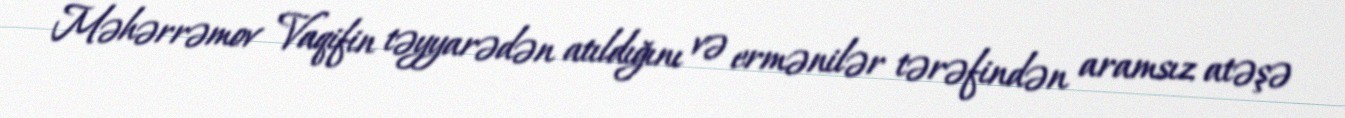
Məhərrəmov Vaqifin təyyarədən atıldığını və ermənilər tərəfindən aramsız atəşə